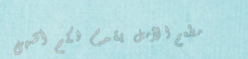
مطعم الأمل يقدم لكم أشهى